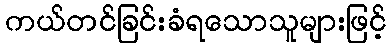
ကယ်တင်ခြင်းခံရသောသူများဖြင့်